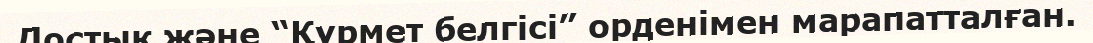
Достық және “Құрмет белгісі” орденімен марапатталған.